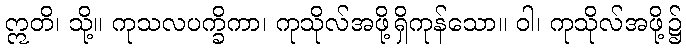
ဣတိ၊ သို့။ ကုသလပက္ခိကာ၊ ကုသိုလ်အဖို့ရှိကုန်သော။ ဝါ၊ ကုသိုလ်အဖို့၌